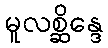
မူလစ္ဆိန္ဒေ